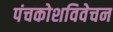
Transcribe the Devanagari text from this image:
पंचकोशविवेचन